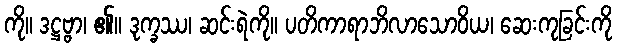
ကို။ ဒဋ္ဌဗ္ဗာ၊ ၏။ ဒုက္ခဿ၊ ဆင်းရဲကို။ ပတိကာရာဘိလာသောဝိယ၊ ဆေးကုခြင်းကို